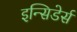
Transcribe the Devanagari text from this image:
इन्सिडेर्स